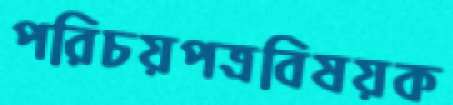
পরিচয়পত্রবিষয়ক